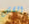
القش